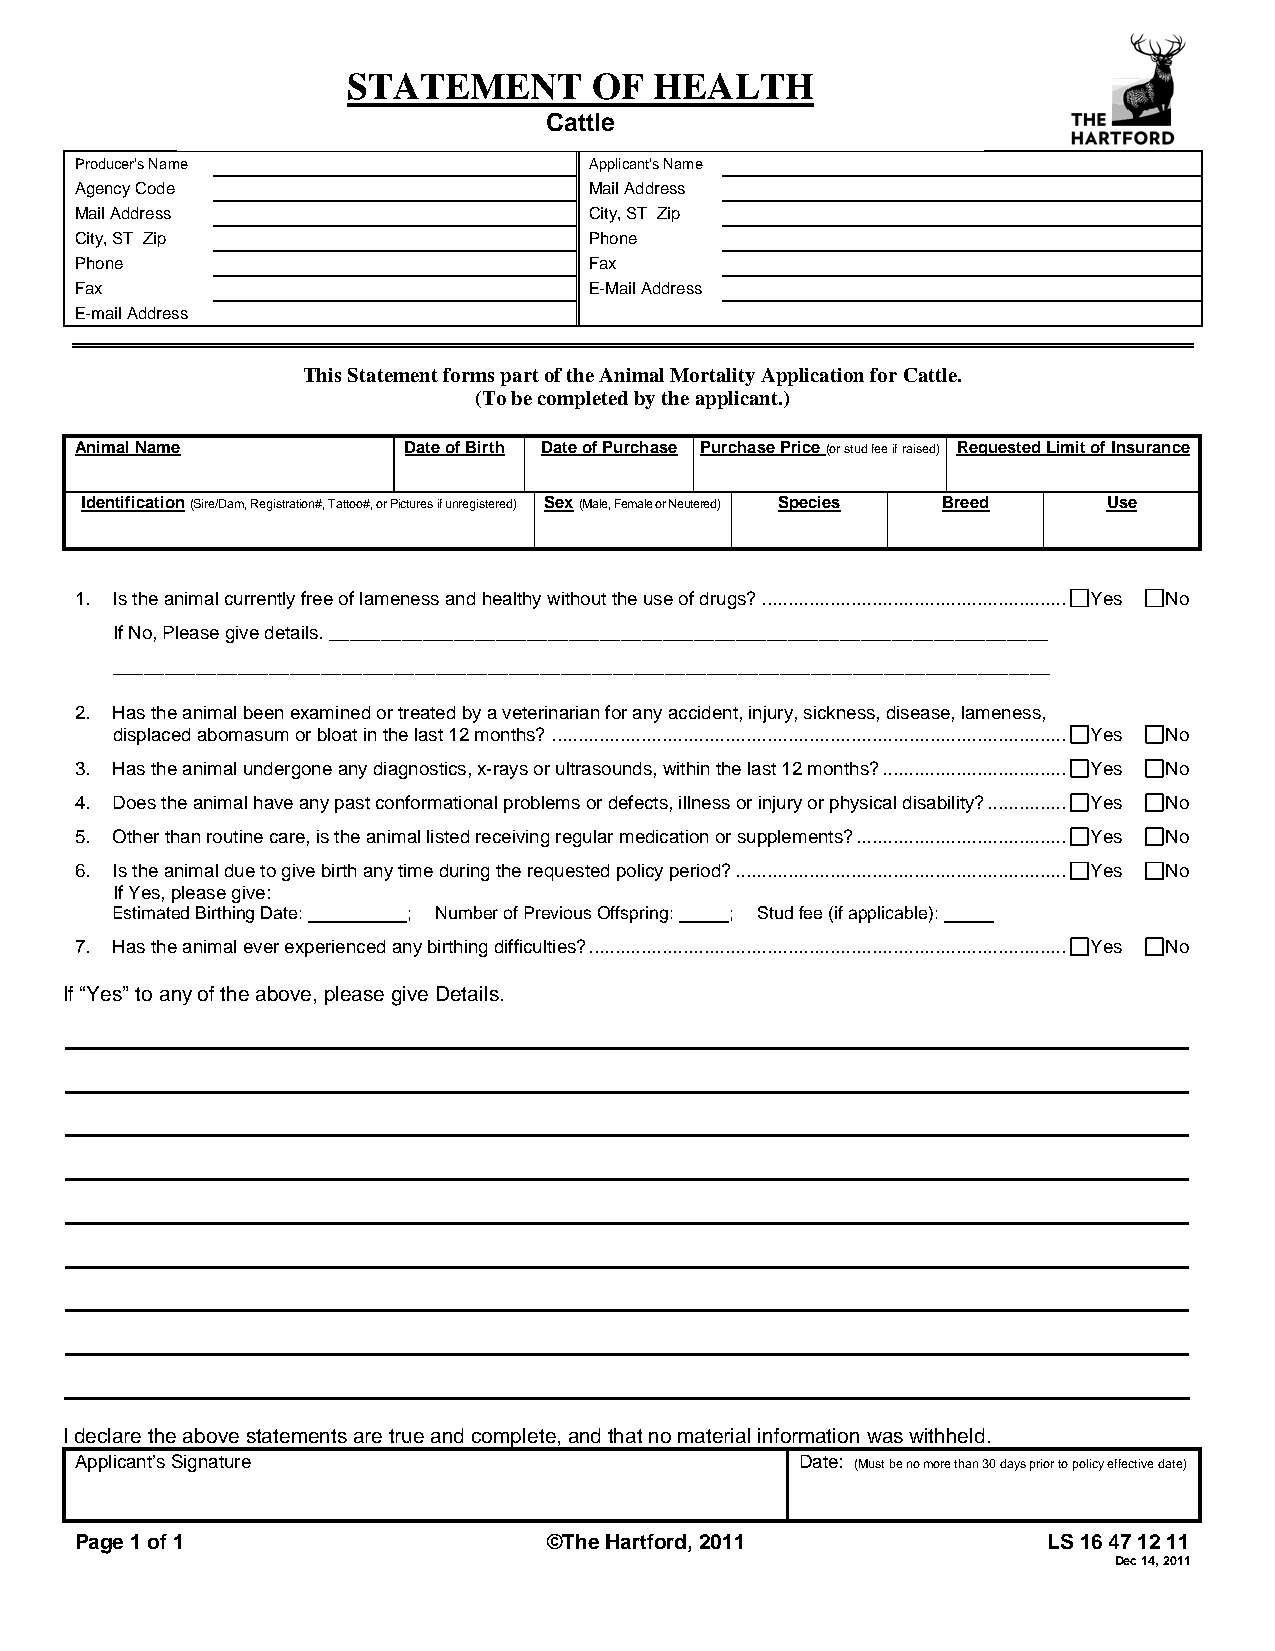
STATEMENT       OF  HEALTH
 Cattle
 Producer’s Name                   Applicant’s Name
 Agency Code                       Mail Address
 Mail Address                      City, ST Zip
 City, ST Zip                      Phone
 Phone                             Fax
 Fax                               E-Mail Address
 E-mail Address
 This Statement forms part of the Animal Mortality Application for Cattle.
 (To be completed by the applicant.)
 Animal Name           Date of Birth Date of Purchase Purchase Price (or stud fee if raised) Requested Limit of Insurance
 Identification (Sire/Dam, Registration#, Tattoo#, or Pictures if unregistered) Sex (Male, Female or Neutered) Species Breed Use
 1. Is the animal currently free of lameness and healthy without the use of drugs?.......................................................... Yes No
 If No, Please give details. _____________________________________________________________________
 __________________________________________________________________________________________
 2. Has the animal been examined or treated by a veterinarian for any accident, injury, sickness, disease, lameness,
 displaced abomasum or bloat in the last 12 months?.................................................................................................. Yes No
 3. Has the animal undergone any diagnostics, x-rays or ultrasounds, within the last 12 months?................................... Yes No
 4. Does the animal have any past conformational problems or defects, illness or injury or physical disability?............... Yes No
 5. Other than routine care, is the animal listed receiving regular medication or supplements?........................................ Yes No
 6. Is the animal due to give birth any time during the requested policy period?............................................................... Yes No
 If Yes, please give:
 Estimated Birthing Date: ; Number of Previous Offspring: ; Stud fee (if applicable):
 7. Has the animal ever experienced any birthing difficulties?........................................................................................... Yes No
 If “Yes” to any of the above, please give Details.
 I declare the above statements are true and complete, and that no material information was withheld.
 Applicant’s Signature                           Date: (Must be no more than 30 days prior to policy effective date)
 Page 1 of 1                    ©The Hartford, 2011              LS 16 47 12 11
 Dec 14, 2011